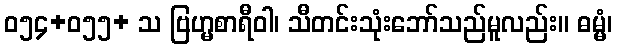
ဝ၅၄+၀၅၅+ သ ဗြဟ္မစာရီဝါ၊ သီတင်းသုံးဘော်သည်မူလည်း။ ဓမ္မံ၊